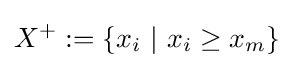
X^{+}:=\{x_{i}~|~x_{i}\geq x_{m}\}